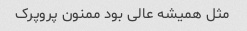
مثل همیشه عالی بود ممنون پروپرک